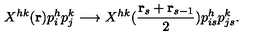
X ^ { h k } ( { \bf r } ) p _ { i } ^ { h } p _ { j } ^ { k } \longrightarrow X ^ { h k } ( { \frac { { \bf r } _ { s } + { \bf r } _ { s - 1 } } { 2 } } ) p _ { i s } ^ { h } p _ { j s } ^ { k } .